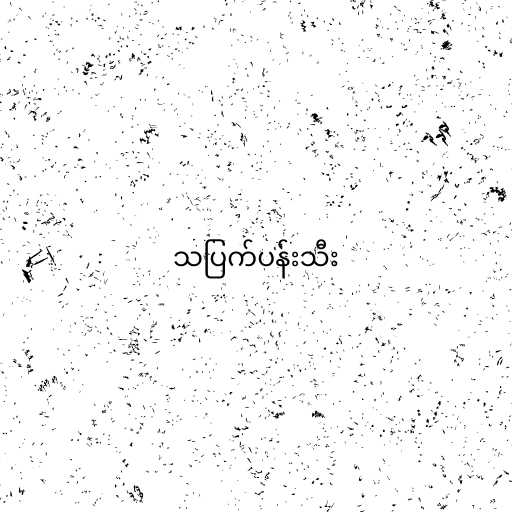
သပြက်ပန်းသီး